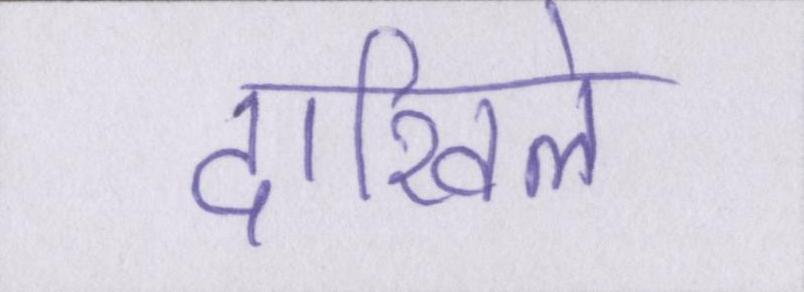
दाखिले